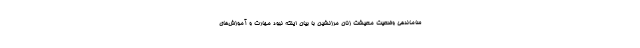
ساماندهی وضعیت معیشت زنان مرزنشین با بیان اینکه نبود مهارت و آموزش‌های